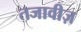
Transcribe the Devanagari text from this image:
तजावीज़